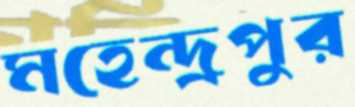
মহেন্দ্রপুর